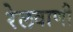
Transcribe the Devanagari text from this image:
रेलवाणी